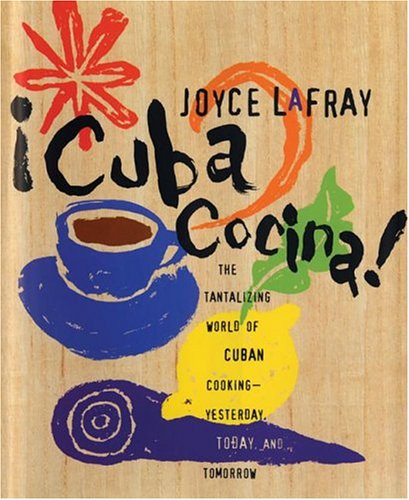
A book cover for Cuba Cocina!; Joyce Lafray; Cookbooks, Food & Wine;